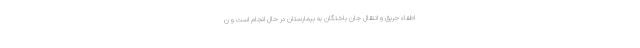
اطفاء حریق و انتقال جان باختگان به بیمارستان در حال انجام است و ن